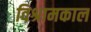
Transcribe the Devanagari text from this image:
विश्रामकाल